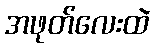
အဖုတ်လေးထဲ